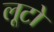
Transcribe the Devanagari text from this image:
लूटो